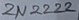
Text: 2N2222